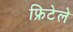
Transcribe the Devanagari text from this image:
फ्रिटेले